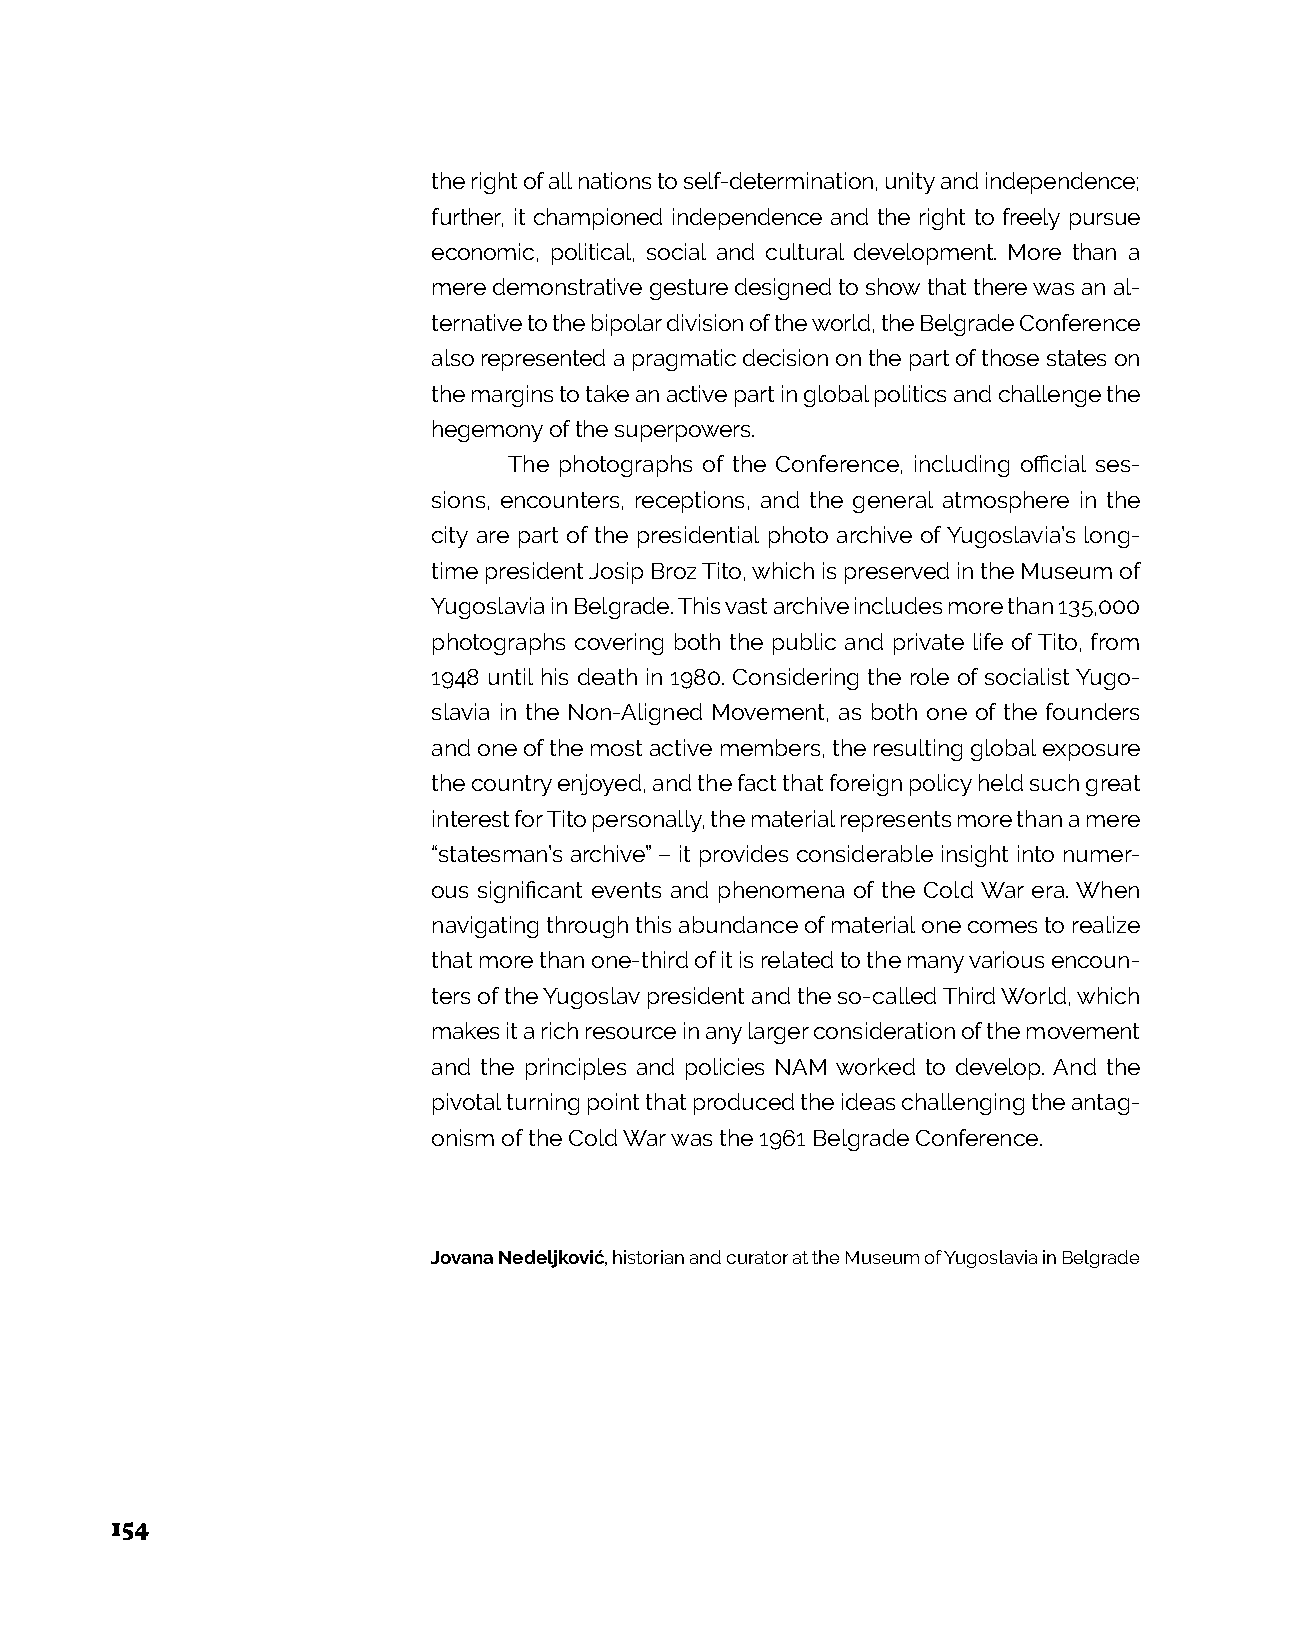
the right of all nations to self-determination, unity and independence;
 further, it championed independence and the right to freely pursue
 economic, political, social and cultural development. More than a
 mere demonstrative gesture designed to show that there was an al-
 ternative to the bipolar division of the world, the Belgrade Conference
 also represented a pragmatic decision on the part of those states on
 the margins to take an active part in global politics and challenge the
 hegemony of the superpowers.
 The photographs of the Conference, including official ses-
 sions, encounters, receptions, and the general atmosphere in the
 city are part of the presidential photo archive of Yugoslavia’s long-
 time president Josip Broz Tito, which is preserved in the Museum of
 Yugoslavia in Belgrade. This vast archive includes more than 135,000
 photographs covering both the public and private life of Tito, from
 1948 until his death in 1980. Considering the role of socialist Yugo-
 slavia in the Non-Aligned Movement, as both one of the founders
 and one of the most active members, the resulting global exposure
 the country enjoyed, and the fact that foreign policy held such great
 interest for Tito personally, the material represents more than a mere
 “statesman’s archive” – it provides considerable insight into numer-
 ous significant events and phenomena of the Cold War era. When
 navigating through this abundance of material one comes to realize
 that more than one-third of it is related to the many various encoun-
 ters of the Yugoslav president and the so-called Third World, which
 makes it a rich resource in any larger consideration of the movement
 and the principles and policies NAM worked to develop. And the
 pivotal turning point that produced the ideas challenging the antag-
 onism of the Cold War was the 1961 Belgrade Conference.
 Jovana Nedeljković, historian and curator at the Museum of Yugoslavia in Belgrade
 154